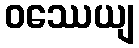
ဝဿေယျ